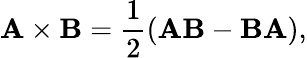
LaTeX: \mathbf{A}\times\mathbf{B}={\frac{1}{2}}(\mathbf{AB}-\mathbf{BA}),